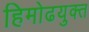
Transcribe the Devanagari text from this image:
हिमोढयुक्त